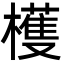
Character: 檴